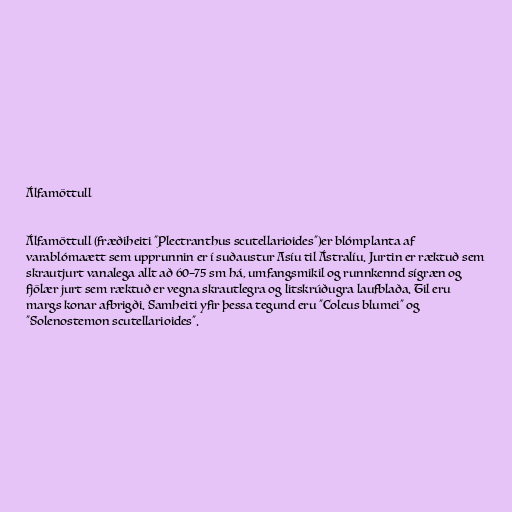
Álfamöttull

Álfamöttull (fræðiheiti "Plectranthus scutellarioides")er blómplanta af
varablómaætt sem upprunnin er í suðaustur Asíu til Ástralíu. Jurtin er ræktuð sem
skrautjurt vanalega allt að 60–75 sm há, umfangsmikil og runnkennd sígræn og
fjölær jurt sem ræktuð er vegna skrautlegra og litskrúðugra laufblaða. Til eru
margs konar afbrigði. Samheiti yfir þessa tegund eru "Coleus blumei" og
"Solenostemon scutellarioides".